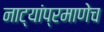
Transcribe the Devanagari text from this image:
नाट्यांप्रमाणेच